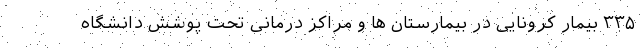
۳۳۵ بیمار کرونایی در بیمارستان ها و مراکز درمانی تحت پوشش دانشگاه